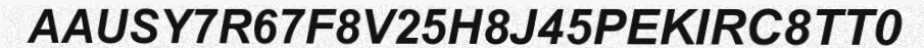
AAUSY7R67F8V25H8J45PEKIRC8TT0